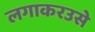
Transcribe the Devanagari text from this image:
लगाकरउसे